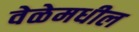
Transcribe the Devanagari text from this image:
वेळेमधील